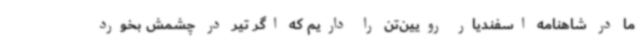
ما در شاهنامه اسفندیار رویین‌تن را داریم که اگر تیر در چشمش بخورد